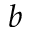
b